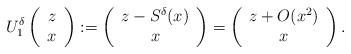
LaTeX: \begin{align*}U_1^\delta \left( \begin{array}{c} z \\ x \end{array}\right) := \left( \begin{array}{c} z-S^\delta(x) \\ x \end{array}\right) = \left( \begin{array}{c} z +O(x^2) \\ x \end{array}\right).\end{align*}